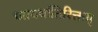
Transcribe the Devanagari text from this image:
धात्वर्थातिरिक्तम्